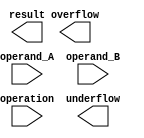
module double_precision_fpu (
    input wire [63:0] operand_A,
    input wire [63:0] operand_B,
    input wire [2:0] operation,
    output wire [63:0] result,
    output wire overflow,
    output wire underflow
);

// Sub-modules for addition, subtraction, multiplication, division operations
// Add your sub-module's verilog code here

// Control signals and data paths for communication between modules
// Add your control signals and data paths verilog code here

// Handling overflow and underflow conditions
// Add your verilog code for overflow and underflow handling here

// Ensure accurate results for all possible input combinations
// Add your verilog code for accurate results handling here

endmodule